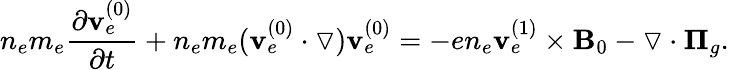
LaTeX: n_{e}m_{e}\frac{\partial\mathbf{v}_{e}^{(0)}}{\partial t}+n_{e}m_{e}(\mathbf{v}_{e}^{(0)}\cdot\triangledown)\mathbf{v}_{e}^{(0)}=-en_{e}\mathbf{v}_{e}^{(1)}\times\mathbf{B}_{0}-\triangledown\cdot\mathbf{\Pi}_{g}.